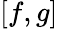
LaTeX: [f,g]